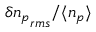
\delta { n _ { p } } _ { r m s } / \langle n _ { p } \rangle